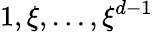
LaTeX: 1,\xi,\dots,\xi^{d-1}